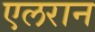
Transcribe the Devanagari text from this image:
एलरान